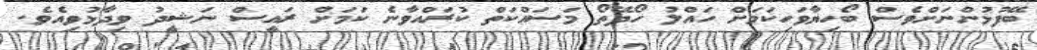
ބޭފުޅުންނަށްވެސް ބޯހިޔާވަހިކަމަށް ހައްލު ހޯދޭތޯ މަސައްކަތް ކުރައްވާނެ ކަމަށް ރައީސް ނަޝީދު ވިދާޅުވިއެވެ.